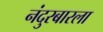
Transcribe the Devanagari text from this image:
नंदुरबारला